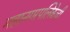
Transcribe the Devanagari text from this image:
महानगरपलिकेची